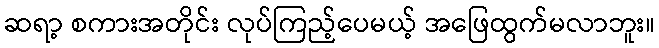
ဆရာ့ စကားအတိုင်း လုပ်ကြည့်ပေမယ့် အဖြေထွက်မလာဘူး။